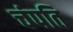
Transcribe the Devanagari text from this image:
चंपति